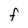
Character: F